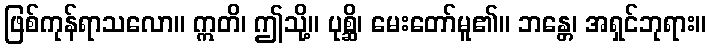
ဖြစ်ကုန်ရာသလော။ ဣတိ၊ ဤသို့။ ပုစ္ဆိ၊ မေးတော်မူ၏။ ဘန္တေ၊ အရှင်ဘုရား။